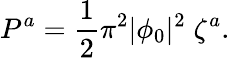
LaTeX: P^{a}={\frac{1}{2}}\pi^{2}|\phi_{0}|^{2}\; \zeta^{a}.